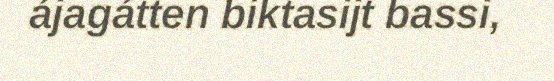
ájagátten biktasijt bassi,